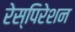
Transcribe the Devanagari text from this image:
रेस्पिरेशन